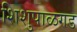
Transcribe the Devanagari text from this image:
शिशुपाळगड